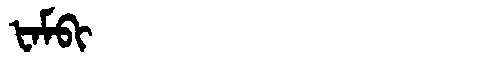
Manchu: ᡶᠠᠮᠪᡳ
Romanization: FAMBI